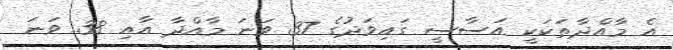
އެ މާއްދާތަކަކީ އަސާސީ ގައިވަދުގެ 37 ވަނަ މާއްދާ އާއި 38 ވަނަ